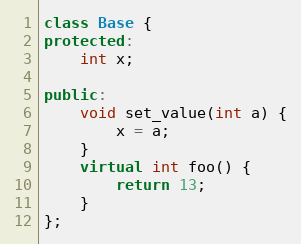
Language: C++
class Base {
protected:
    int x;

public:
    void set_value(int a) {
        x = a;
    }
    virtual int foo() {
        return 13;
    }
};